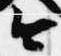
今